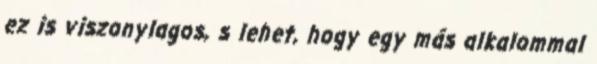
ez is viszonylagos, s lehet, hogy egy más alkalommal